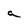
Character: a